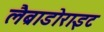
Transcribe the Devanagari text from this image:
लैब्राडोराइट